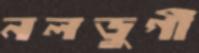
নলডুগী